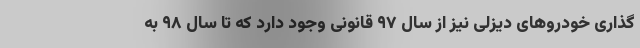
گذاری خودروهای دیزلی نیز از سال ۹۷ قانونی وجود دارد که تا سال ۹۸ به